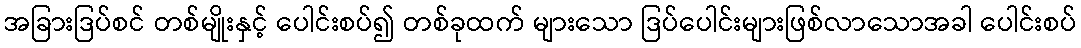
အခြားဒြပ်စင် တစ်မျိုးနှင့် ပေါင်းစပ်၍ တစ်ခုထက် များသော ဒြပ်ပေါင်းများဖြစ်လာသောအခါ ပေါင်းစပ်